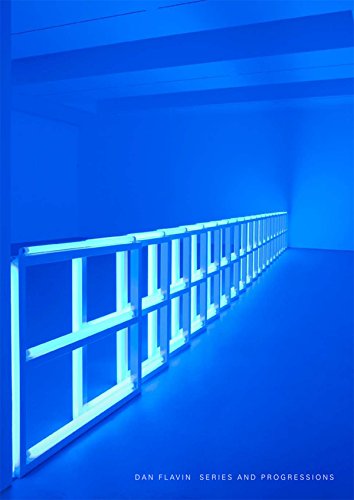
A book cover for Dan Flavin: Series and Progressions; Tiffany Bell; Arts & Photography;